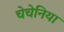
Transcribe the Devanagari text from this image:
चेचेनिया